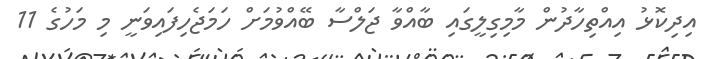
އިދިކޮޅު އިއްތިހާދުން މާމިގިލީގައި ބާއްވާ ޖަލްސާ ބޭއްވުމަށް ހަމަޖެހިފައިވަނީ މި މަހުގެ 11